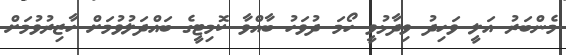
މެންބަރު އަލީ ވަހިދު ވިދާޅުވީ ހޯމަ ދުވަހު ބާއްވާ ކޮމިޓީގެ ބައްދަލުވުމަށް ހާޒިރުވުމަށް